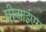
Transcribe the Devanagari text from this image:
पीआईएस